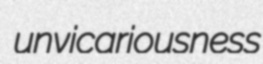
unvicariousness